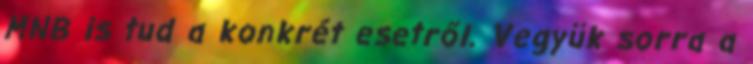
MNB is tud a konkrét esetről. Vegyük sorra a